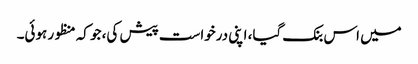
میں اس بنک گیا، اپنی درخواست پیش کی، جو کہ منظور ہوئی۔